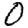
Digit: 0